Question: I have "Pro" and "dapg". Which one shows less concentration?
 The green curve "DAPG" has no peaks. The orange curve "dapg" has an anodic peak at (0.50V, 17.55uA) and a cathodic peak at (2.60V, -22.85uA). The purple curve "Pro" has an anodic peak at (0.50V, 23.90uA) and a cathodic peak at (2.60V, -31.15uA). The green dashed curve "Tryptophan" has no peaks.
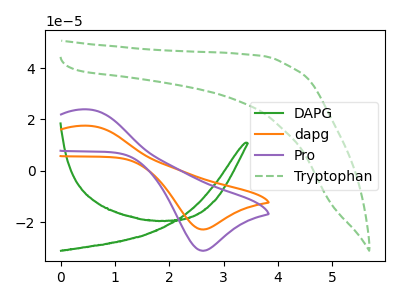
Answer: <think>All the peaks in "Pro" have a peak in "dapg" at the same potential. Every peak in "Pro" is higher than every peak in "dapg".
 </think>
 <answer>"Pro" has more signal than "dapg" and so likely has a higher concentration.</answer>
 <eval>more_concentration</eval>